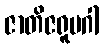
ဇာတိဇရူပဂါ